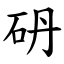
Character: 砃